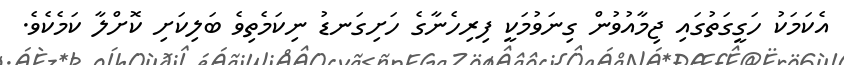
އެކަމަކު ހަގީގަތުގައި ޖިމާއުވުން ގިނަވުމަކީ ފިރިހެނާގެ ހަށިގަނޑު ނިކަމެތިވެ ބަލިކަށި ކޮށްލާ ކަމެކެވެ.